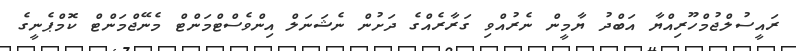
ރައީސުލްޖުމްހޫރިއްޔާ އަބްދު ޔާމީން ނެރުއްވި ގަރާރެއްގެ ދަށުން ނެޝަނަލް އިންވެސްޓްމަންޓް މެނޭޖްމަންޓް ކޮމްޕެނީގެ